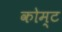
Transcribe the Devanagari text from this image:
कोम्ट